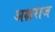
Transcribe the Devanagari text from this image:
अक्षराज